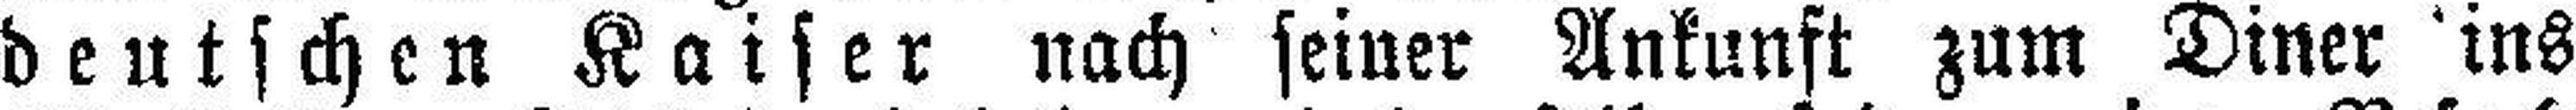
deutschen Kaiser nach seiner Ankunft zum Diner ins